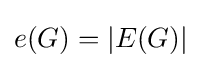
e(G)=|E(G)|